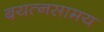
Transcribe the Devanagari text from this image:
बयत्नसामय